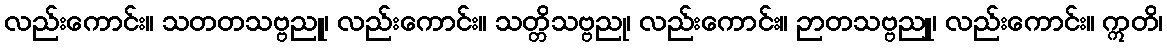
လည်းကောင်း။ သတတသဗ္ဗညူ၊ လည်းကောင်း။ သတ္တိသဗ္ဗညု၊ လည်းကောင်း။ ဉာတသဗ္ဗညူ၊ လည်းကောင်း။ ဣတိ၊